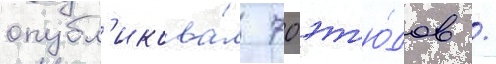
опубл'икова́л 70 эт'ю́дов /